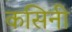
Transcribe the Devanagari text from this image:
कसिनी